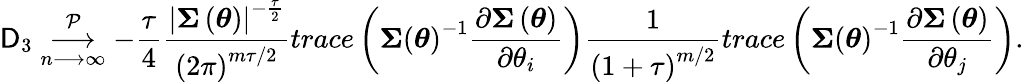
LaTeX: \mathsf{D}_{3}\underset{n\longrightarrow\infty}{\overset{\mathcal{{P}}}{\longrightarrow}}-\frac{{\tau}}{{4}}\frac{{\left\vert\boldsymbol{\Sigma}\left(\boldsymbol{\theta}\right)\right\vert^{-\frac{{\tau}}{{2}}}}}{{\left(2\pi\right)^{m\tau/2}}}trace\left(\boldsymbol{\Sigma}\left(\boldsymbol{\theta}\right)^{-1}\frac{{\partial\boldsymbol{\Sigma}\left(\boldsymbol{\theta}\right)}}{{\partial\theta_{i}}}\right)\frac{{1}}{{\left(1+\tau\right)^{m/2}}}trace\left(\boldsymbol{\Sigma}\left(\boldsymbol{\theta}\right)^{-1}\frac{{\partial\boldsymbol{\Sigma}\left(\boldsymbol{\theta}\right)}}{{\partial\theta_{j}}}\right).